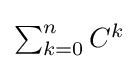
{\textstyle \sum _{k=0}^{n}C^{k}}